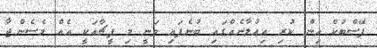
ފޭސްބުކް އިން ކުރި އިއުލާނެއްގައި ބުނެފައި ވަނީ މި ފީޗާއަކީ އެއް މެސެންޖާ